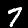
Label: 7